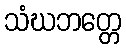
သံဃဘတ္တေ